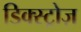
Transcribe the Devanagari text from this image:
डिक्स्ट्रोज़